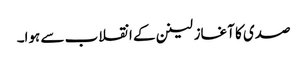
صدی کا آغاز لینن کے انقلاب سے ہوا۔